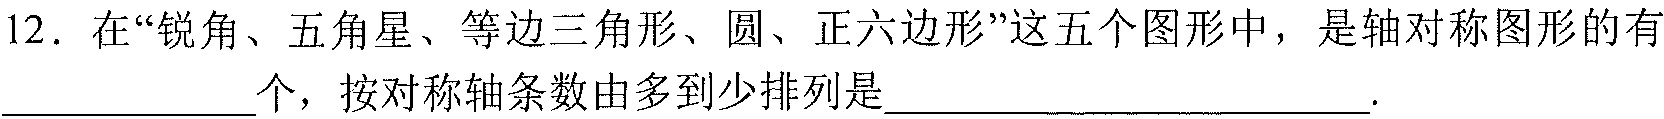
12. 在“锐角、五角星、等边三角形、圆、正六边形”这五个图形中，是轴对称图形的有___________个，按对称轴条数由多到少排列是____________________.